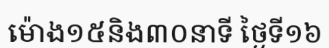
ម៉ោង១៥និង៣០នាទី ថ្ងៃទី១៦